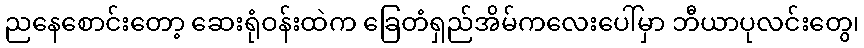
ညနေစောင်းတော့ ဆေးရုံဝန်းထဲက ခြေတံရှည်အိမ်ကလေးပေါ်မှာ ဘီယာပုလင်းတွေ၊